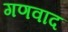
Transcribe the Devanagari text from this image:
गणवाद